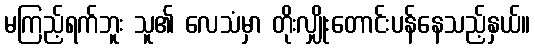
မကြည့်ရက်ဘူး သူ၏ လေသံမှာ တိုးလျှိုးတောင်းပန်နေသည့်နှယ်။